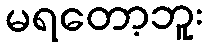
မရတော့ဘူး